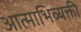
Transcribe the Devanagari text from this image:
आत्माभिव्यक्ती